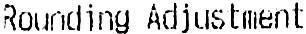
ROUNDING ADJUSTMENT